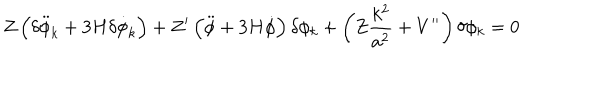
Z \left( \delta \ddot { \phi } _ { k } + 3 H \delta \dot { \phi } _ { k } \right) + Z ^ { \prime } \left( \ddot { \phi } + 3 H \dot { \phi } \right) \delta \phi _ { k } + \left( Z \frac { k ^ { 2 } } { a ^ { 2 } } + V ^ { \prime \prime } \right) \delta \phi _ { k } = 0